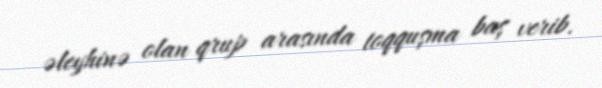
əleyhinə olan qrup arasında toqquşma baş verib.